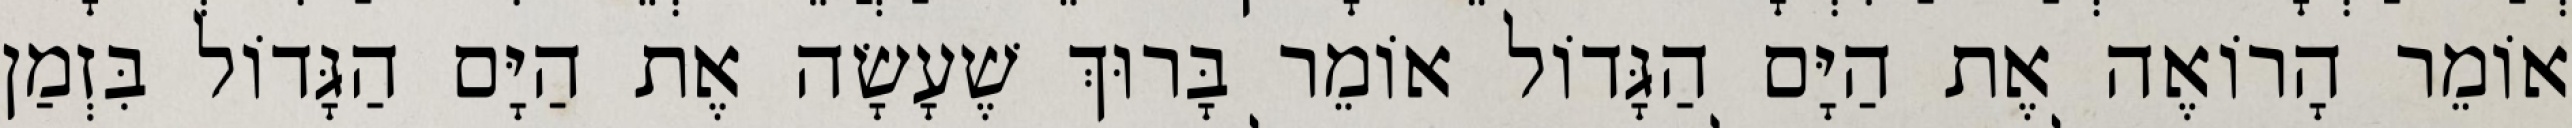
אוֹמֵר הָרוֹאֶה אֶת הַיָּם הַגָּדוֹל אוֹמֵר בָּרוּךְ שֶׁעָשָׂה אֶת הַיָּם הַגָּדוֹל בִּזְמַן